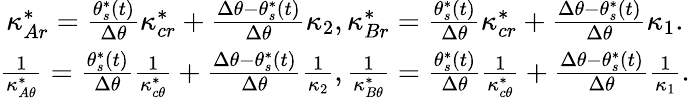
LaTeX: \begin{array}{c}{\kappa_{Ar}^{*}=\frac{\theta_{s}^{*}(t)}{\Delta\theta}\kappa_{cr}^{*}+\frac{\Delta\theta-\theta_{s}^{*}(t)}{\Delta\theta}\kappa_{2},\kappa_{Br}^{*}=\frac{\theta_{s}^{*}(t)}{\Delta\theta}\kappa_{cr}^{*}+\frac{\Delta\theta-\theta_{s}^{*}(t)}{\Delta\theta}\kappa_{1}.}\\ {\frac{1}{\kappa_{A\theta}^{*}}=\frac{\theta_{s}^{*}(t)}{\Delta\theta}\frac{1}{\kappa_{c\theta}^{*}}+\frac{\Delta\theta-\theta_{s}^{*}(t)}{\Delta\theta}\frac{1}{\kappa_{2}},\frac{1}{\kappa_{B\theta}^{*}}=\frac{\theta_{s}^{*}(t)}{\Delta\theta}\frac{1}{\kappa_{c\theta}^{*}}+\frac{\Delta\theta-\theta_{s}^{*}(t)}{\Delta\theta}\frac{1}{\kappa_{1}}.}\end{array}